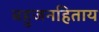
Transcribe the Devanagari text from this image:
बहुजनहिताय